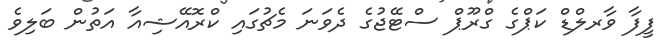
ފީފާ ވާރލްޑް ކަޕްގެ ގްރޫޕް ސްޓޭޖުގެ ދެވަނަ މެޗުގައި ކްރޮއޭޝިއާ އަތުން ބަލިވެ